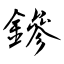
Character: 鏒